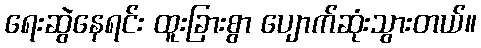
ရေးဆွဲနေရင်း ထူးခြားစွာ ပျောက်ဆုံးသွားတယ်။